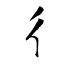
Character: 彳